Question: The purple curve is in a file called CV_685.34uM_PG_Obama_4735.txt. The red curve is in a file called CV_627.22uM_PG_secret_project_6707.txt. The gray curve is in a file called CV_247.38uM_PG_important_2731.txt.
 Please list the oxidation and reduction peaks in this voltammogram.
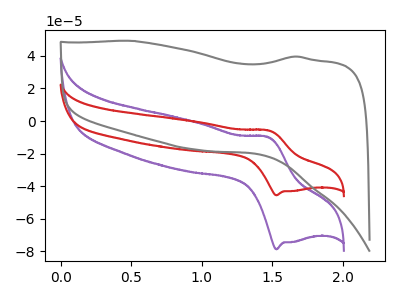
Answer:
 <answer>The purple curve "PG 685.34uM" has an anodic peak at (1.45V, -9.85uA) and a cathodic peak at (1.55V, -78.80uA). The red curve "PG 627.22uM" has an anodic peak at (1.45V, -5.70uA) and a cathodic peak at (1.55V, -45.60uA). The gray curve "PG 247.38uM" has no peaks.</answer>
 <eval></eval>